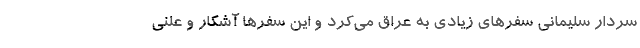
سردار سلیمانی سفرهای زیادی به عراق می‌کرد و این سفرها آشکار و علنی